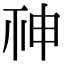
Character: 𥙍